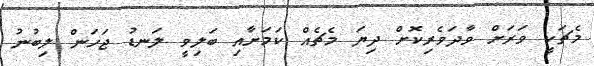
މެޗަކީ ވަރަށް ވާދަވެރިކޮށް ދިޔަ މެޗެއް ކަމަށާއި ބަލިވީ ލަނޑު ޖަހަން ލިބުނު